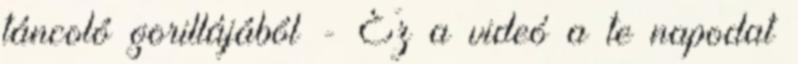
táncoló gorillájából - Ez a videó a te napodat